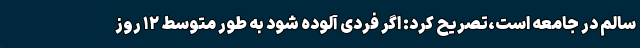
سالم در جامعه است،تصریح کرد: اگر فردی آلوده شود به ‌طور متوسط ۱۲ روز